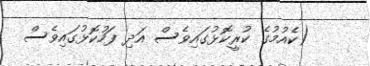
(ކެއުމުގެ ކުރީކޮޅުގައިވެސް އަދި ފަހުކޮޅުގައިވެސް